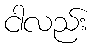
ငါလည်း